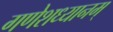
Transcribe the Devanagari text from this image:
गणेशध्यानम्